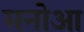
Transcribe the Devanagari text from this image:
मनोआ